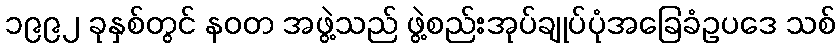
၁၉၉၂ ခုနှစ်တွင် နဝတ အဖွဲ့သည် ဖွဲ့စည်းအုပ်ချုပ်ပုံအခြေခံဥပဒေ သစ်